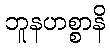
ဘူနဟစ္စာနိ